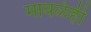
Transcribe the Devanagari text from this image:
मावळेही